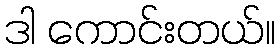
ဒါ ကောင်းတယ်။